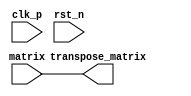
module Transpose_method1
#(
    parameter DATA_WIDTH     = 'd8, //input_shape[0][0]
    parameter INPUT_SHAPE_1  = 'd128, //input_shape[0][1]
    parameter INPUT_SHAPE_2  = 'd768, //input_shape[0][2]
    parameter INPUT_SHAPE_3  = 'd1, //input_shape[0][3]
    parameter OUTPUT_SHAPE_1 = 'd768, //output_shape[0][1]
    parameter OUTPUT_SHAPE_2 = 'd128, //output_shape[0][2]
    parameter OUTPUT_SHAPE_3 = 'd1 //output_shape[0][3]
) (
    //********************************* System Signal *********************************
    input                                                           clk_p,
    input                                                           rst_n,
    //********************************* Input Signal *********************************
    input  signed [INPUT_SHAPE_1 * INPUT_SHAPE_2 * INPUT_SHAPE_3 * DATA_WIDTH - 1 : 0]    matrix,

    //********************************* Output Signal *********************************
    output signed [OUTPUT_SHAPE_1 * OUTPUT_SHAPE_2 * OUTPUT_SHAPE_3 * DATA_WIDTH - 1 : 0]  transpose_matrix
);

assign transpose_matrix = matrix;

endmodule